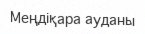
Меңдіқара ауданы